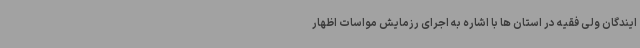
ایندگان ولی فقیه در استان ها با اشاره به اجرای رزمایش مواسات اظهار